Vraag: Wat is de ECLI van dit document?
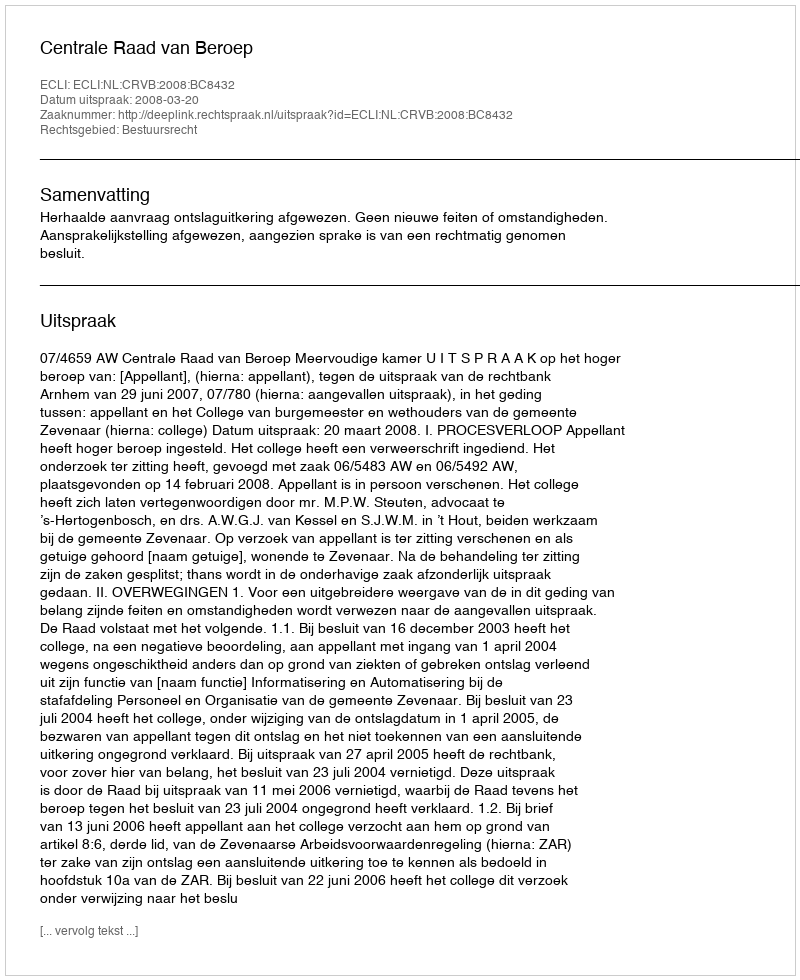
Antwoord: ECLI:NL:CRVB:2008:BC8432